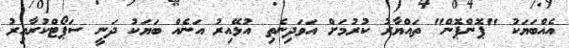
އެއްބަޔަކު "ޕޮންޕޮން" ތައްޔާރު ކުރުމަށް އަވަދިނެތި އުޅޭއިރު އަނެއް ބަޔަކު ދަނީ ސަޕޯޓްކުރާއިރު